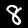
Label: 8